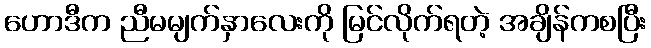
ဟောဒီက ညီမမျက်နှာလေးကို မြင်လိုက်ရတဲ့ အချိန်ကစပြီး